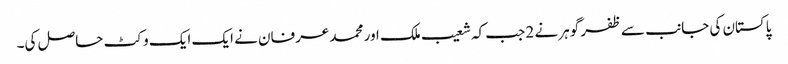
پاکستان کی جانب سے ظفر گوہر نے 2 جب کہ شعیب ملک اور محمد عرفان نے ایک ایک وکٹ حاصل کی۔